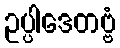
ဥပ္ပါဒေတဗ္ဗံ